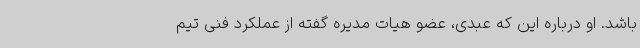
باشد. او درباره این که عبدی، عضو هیات مدیره گفته از عملکرد فنی تیم